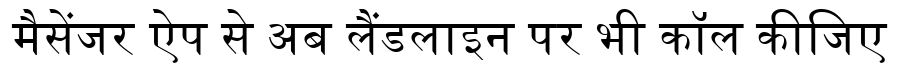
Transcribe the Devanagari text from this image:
मैसेंजर ऐप से अब लैंडलाइन पर भी कॉल कीजिए